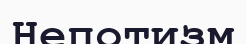
Непотизм